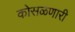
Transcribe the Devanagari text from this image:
कोसळणारी